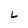
Character: L